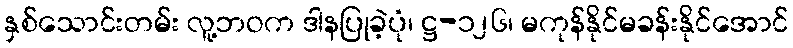
နှစ်သောင်းတမ်း လူ့ဘဝက ဒါနပြုခဲ့ပုံ၊ ဋ္ဌ-၁၂၆၊ မကုန်နိုင်မခန်းနိုင်အောင်